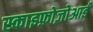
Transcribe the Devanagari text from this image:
स्काइफ़ोज़ोआई